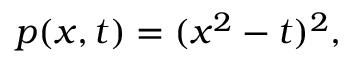
p ( x , t ) = ( x ^ { 2 } - t ) ^ { 2 } ,